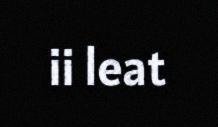
ii leat